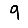
Digit: 9